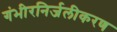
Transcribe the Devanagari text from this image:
गंभीरनिर्जलीकरण